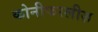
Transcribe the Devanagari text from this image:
कोनीफरलीज़